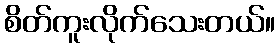
စိတ်ကူးလိုက်သေးတယ်။